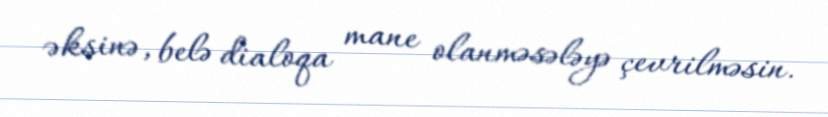
əksinə, belə dialoqa mane olanməsələyə çevrilməsin.